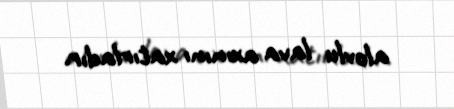
alovlu lava axınını xatırladır.